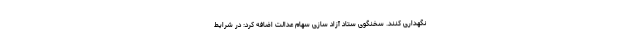
نگهداری کنند. سخنگوی ستاد آزاد سازی سهام عدالت اضافه کرد: در شرایط